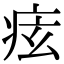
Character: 痃